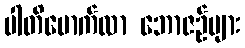
ပါတိမောက်လာ ဘောဇဉ်များ